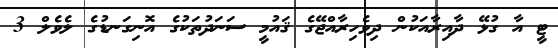
ޓީ އާ ގުޅޭ ދާއިރާއަކުން ދިވެހިރާއްޖޭގެ ޤައުމީ ސަނަދުތަކުގެ އޮނިގަނޑުގެ ލެވެލް 3